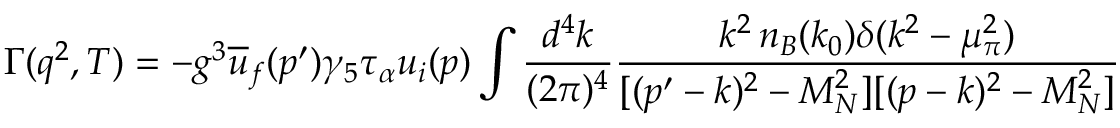
\Gamma ( q ^ { 2 } , T ) = - g ^ { 3 } \overline { { { u } } } _ { f } ( p ^ { \prime } ) \gamma _ { 5 } \tau _ { \alpha } u _ { i } ( p ) \int \frac { d ^ { 4 } k } { ( 2 \pi ) ^ { 4 } } \frac { k ^ { 2 } \, n _ { B } ( k _ { 0 } ) \delta ( k ^ { 2 } - \mu _ { \pi } ^ { 2 } ) } { [ ( p ^ { \prime } - k ) ^ { 2 } - M _ { N } ^ { 2 } ] [ ( p - k ) ^ { 2 } - M _ { N } ^ { 2 } ] }